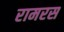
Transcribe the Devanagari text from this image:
रामरस